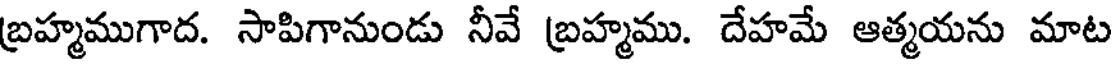
బ్రహ్మముగాద. సాపిగానుండు నీవే బ్రహ్మము. దేహమే ఆత్మయను మాట